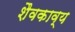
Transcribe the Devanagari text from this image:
शैवकाव्य